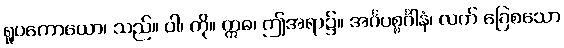
ရူပကောယော၊ သည်။ ဝါ၊ ကို။ ဣဓ၊ ဤအရာ၌။ အင်္ဂပစ္စင်္ဂါနံ၊ လက် ခြေစသော